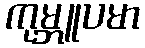
ကုမ္ဘူပမာ